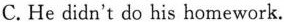
C.He didn't do his homework.